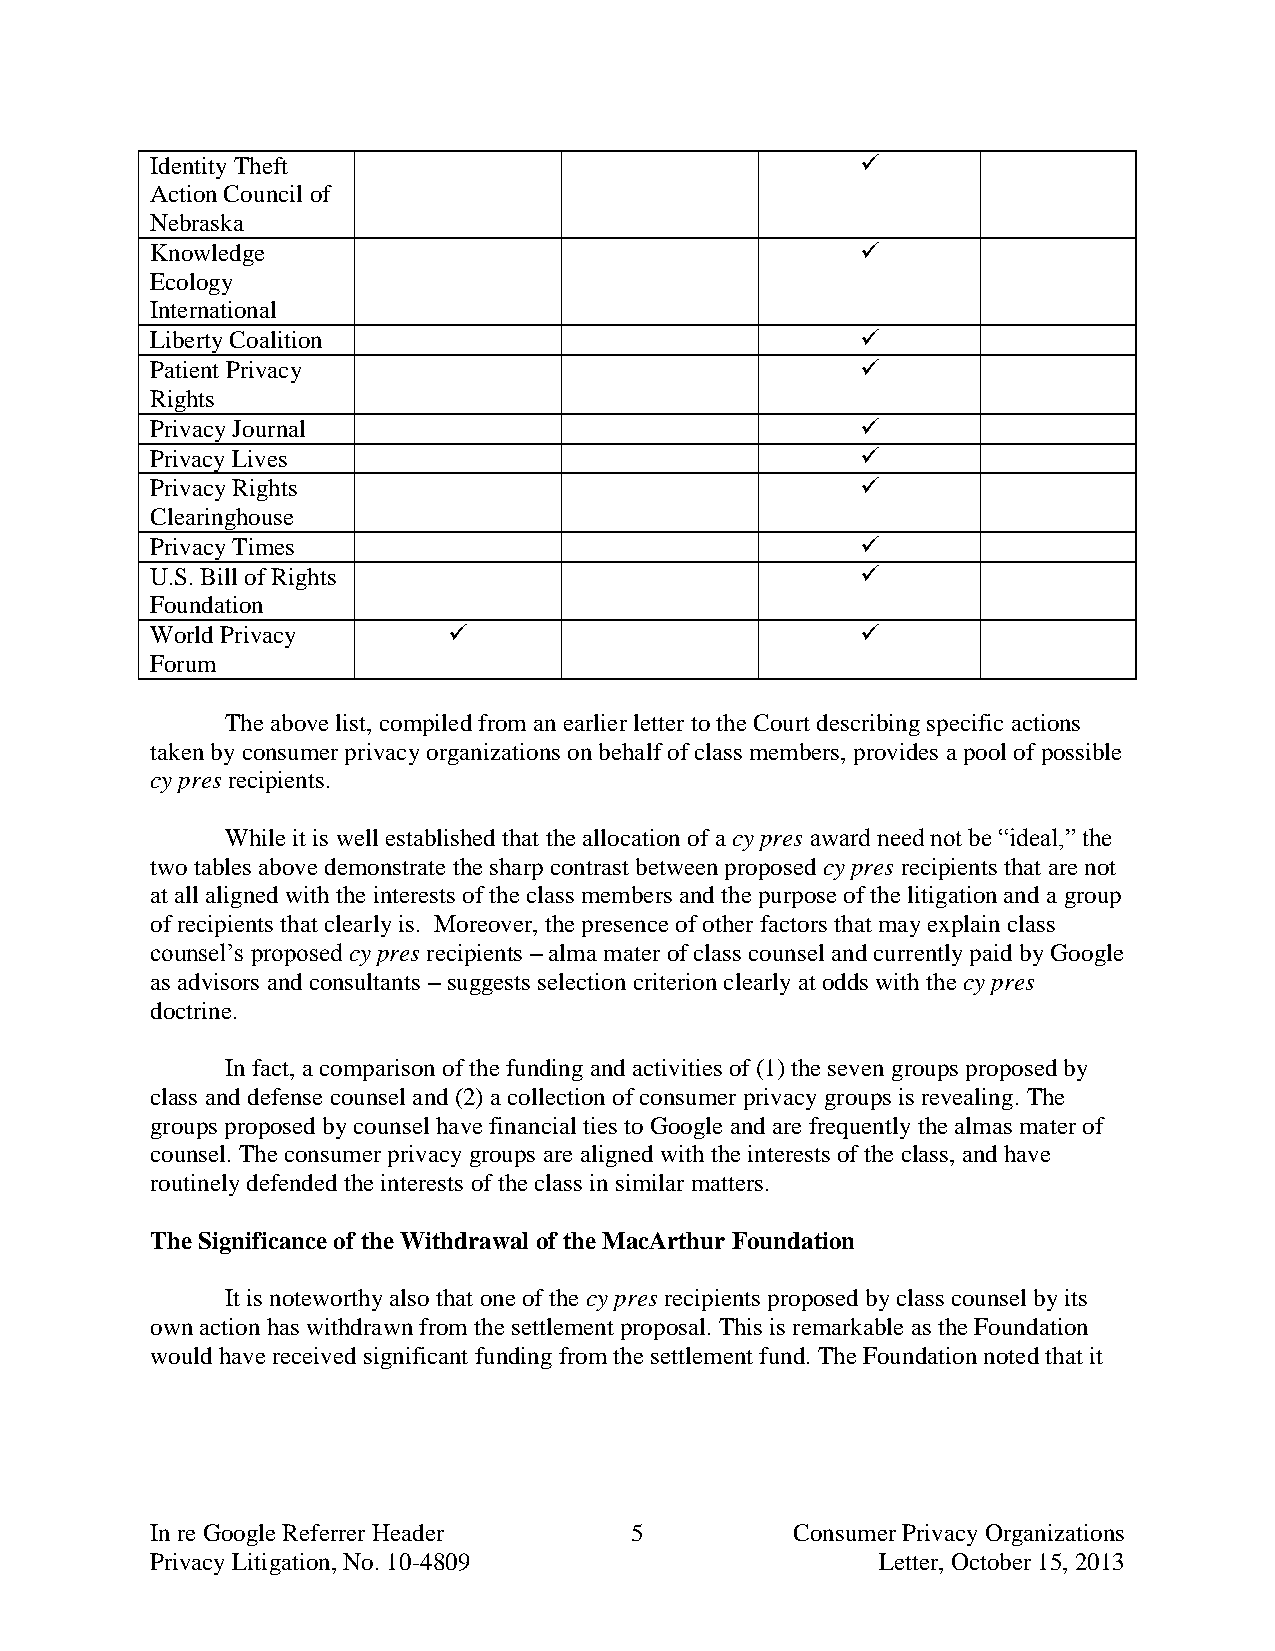
Identity Theft                                 
 Action Council of
 Nebraska
 Knowledge                                      
 Ecology
 International
 Liberty Coalition                              
 Patient Privacy                                
 Rights
 Privacy Journal                                
 Privacy Lives                                  
 Privacy Rights                                 
 Clearinghouse
 Privacy Times                                  
 U.S. Bill of Rights                            
 Foundation
 World Privacy                                 
 Forum
 The above list, compiled from an earlier letter to the Court describing specific actions
 taken by consumer privacy organizations on behalf of class members, provides a pool of possible
 cy pres recipients.
 While it is well established that the allocation of a cy pres award need not be “ideal,” the
 two tables above demonstrate the sharp contrast between proposed cy pres recipients that are not
 at all aligned with the interests of the class members and the purpose of the litigation and a group
 of recipients that clearly is. Moreover, the presence of other factors that may explain class
 counsel’s proposed cy pres recipients – alma mater of class counsel and currently paid by Google
 as advisors and consultants – suggests selection criterion clearly at odds with the cy pres
 doctrine.
 In fact, a comparison of the funding and activities of (1) the seven groups proposed by
 class and defense counsel and (2) a collection of consumer privacy groups is revealing. The
 groups proposed by counsel have financial ties to Google and are frequently the almas mater of
 counsel. The consumer privacy groups are aligned with the interests of the class, and have
 routinely defended the interests of the class in similar matters.
 The Significance of the Withdrawal of the MacArthur Foundation
 It is noteworthy also that one of the cy pres recipients proposed by class counsel by its
 own action has withdrawn from the settlement proposal. This is remarkable as the Foundation
 would have received significant funding from the settlement fund. The Foundation noted that it
 In re Google Referrer Header    5          Consumer Privacy Organizations
 Privacy Litigation, No. 10-4809                 Letter, October 15, 2013